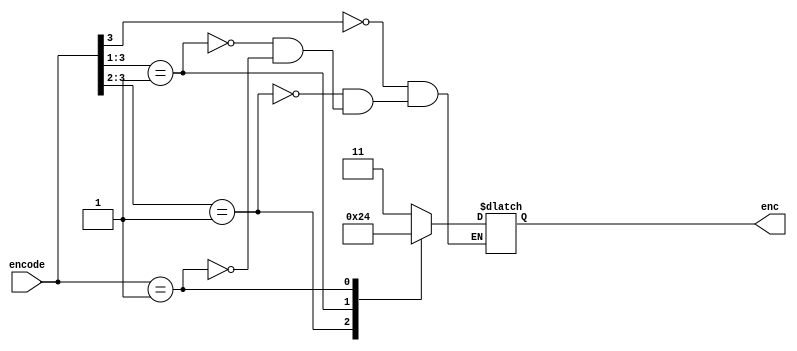
module pri_enc_casex(encode, enc);
input [3:0] encode;
output [1:0] enc;
reg [1:0] enc;

always @(encode) begin
	casex(encode)
		4'b1xxx : enc <= 2'b11;
		4'b01xx : enc <= 2'b10;
		4'b001x : enc <= 2'b01;
		4'b0001 : enc <= 2'b00;
	endcase
end
endmodule